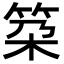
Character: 𥬸